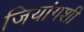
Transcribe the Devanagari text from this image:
जियांगशी